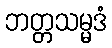
ဘတ္တသမ္မဒံ